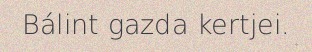
Bálint gazda kertjei.